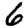
Digit: 6